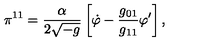
\pi ^ { 1 1 } = \frac { \alpha } { 2 \sqrt { - g } } \left[ \dot { \varphi } - \frac { g _ { 0 1 } } { g _ { 1 1 } } \varphi ^ { \prime } \right] ,